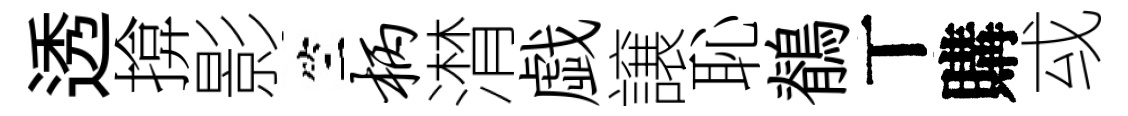
透揜影竺柄潸戯譲恥鶺丅購㦯